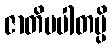
ဇာတိပပါတမ္ပိ